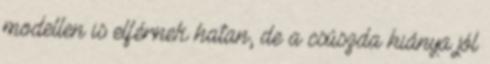
modellen is elférnek hatan, de a csúszda hiánya jól